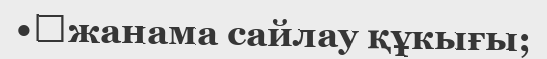
•	жанама сайлау құкығы;